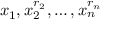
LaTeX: x _ { 1 } , x _ { 2 } ^ { r _ { 2 } } , \dots , x _ { n } ^ { r _ { n } }